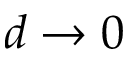
d \to 0